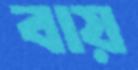
বায়